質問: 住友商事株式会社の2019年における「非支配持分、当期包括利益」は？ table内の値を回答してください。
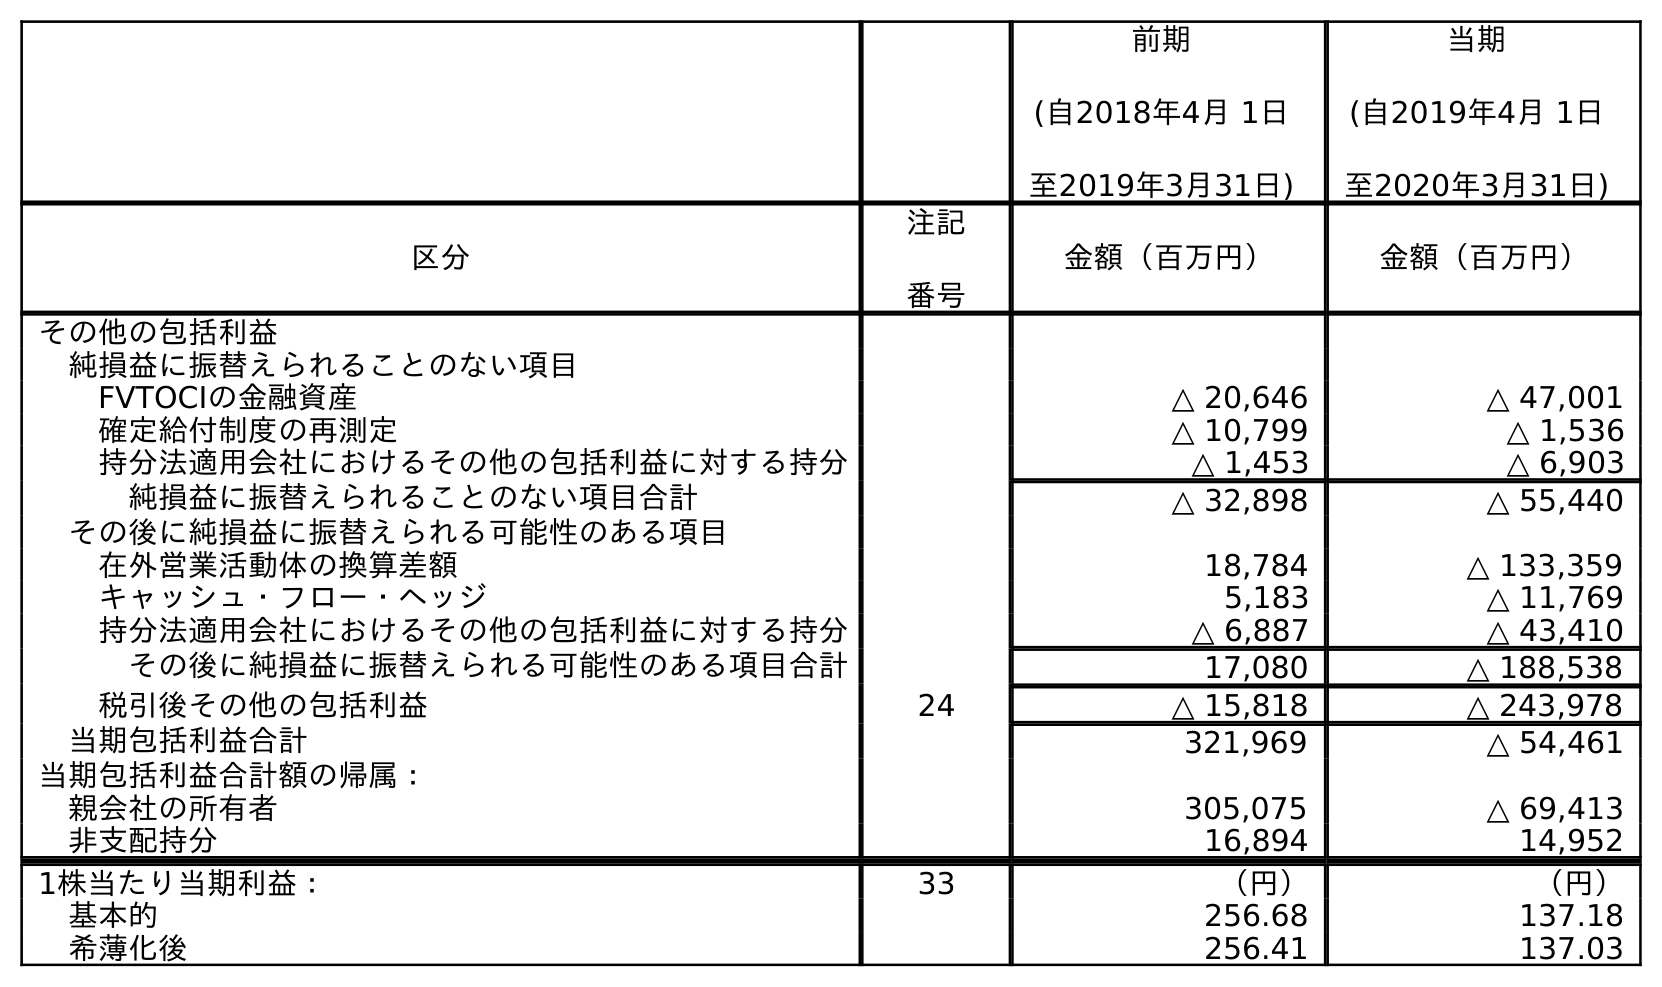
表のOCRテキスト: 前期 (自2018年4月 1日 至2019年3月31日) 当期 (自2019年4月 1日 至2020年3月31日) 区分 注記 番号 金額（百万円） 金額（百万円） その他の包括利益 純損益に振替えられることのない項目 FVTOCIの金融資産 △ 20,646 △ 47,001 確定給付制度の再測定 △ 10,799 △ 1,536 持分法適用会社におけるその他の包括利益に対する持分 △ 1,453 △ 6,903 純損益に振替えられることのない項目合計 △ 32,898 △ 55,440 その後に純損益に振替えられる可能性のある項目 在外営業活動体の換算差額 18,784 △ 133,359 キャッシュ・フロー・ヘッジ 5,183 △ 11,769 持分法適用会社におけるその他の包括利益に対する持分 △ 6,887 △ 43,410 その後に純損益に振替えられる可能性のある項目合計 17,080 △ 188,538 税引後その他の包括利益 24 △ 15,818 △ 243,978 当期包括利益合計 321,969 △ 54,461 当期包括利益合計額の帰属： 親会社の所有者 305,075 △ 69,413 非支配持分 16,894 14,952 1株当たり当期利益： 33 （円） （円） 基本的 256.68 137.18 希薄化後 256.41 137.03
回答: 16,894